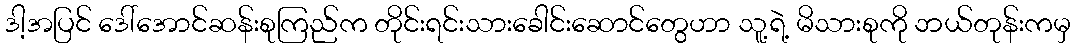
ဒါ့အပြင် ဒေါ်အောင်ဆန်းစုကြည်က တိုင်းရင်းသားခေါင်းဆောင်တွေဟာ သူ့ရဲ့ မိသားစုကို ဘယ်တုန်းကမှ